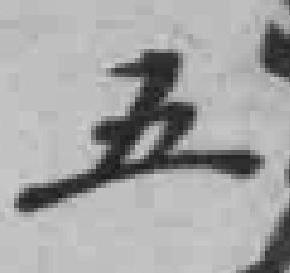
五